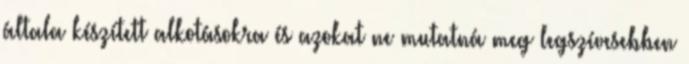
általa készített alkotásokra és azokat ne mutatná meg legszívesebben